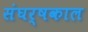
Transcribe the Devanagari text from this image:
संघर्षकाल